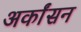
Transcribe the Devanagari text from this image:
अर्कांसन